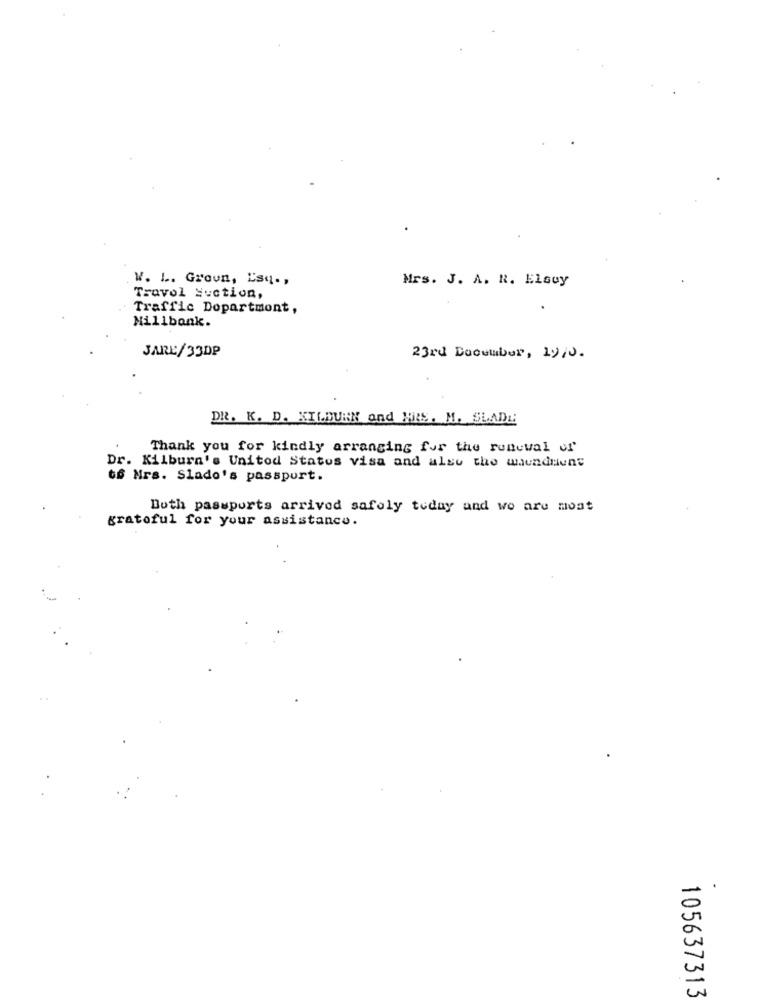
W. L. Groun, Esq .,
Mrs. J. A. R. ElGuy
Travol Suction,
Traffic Dopartmont,
Millbonk.
JARE/33DP
23rd December, 19/0.
DR. K. D. KILBURN and MRS. M. SLADE
Thank you for kindly arranging for the renewal of
Dr. Kilburn's United States visa and also the umundaune
to Mrs. Slado's passport.
Both passports arrived safely today and we are most
grateful for your assistance.
105637313